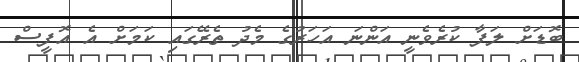
ބޮޑަށް ލަފާ ކުރެވެނީ އަންނަ އަހަރުގެ މެދު ތެރޭގައި ކަމަށް އެ އޮފީސް